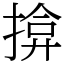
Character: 揜